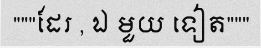
"""ដែរ , ឯ មួយ ទៀត"""